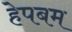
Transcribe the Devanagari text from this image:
हेपबम